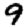
Digit: 9